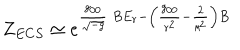
Z _ { E C S } \simeq e ^ { \frac { g _ { 0 0 } } { \sqrt { - g } } \ B E _ { r } - \left( \frac { g _ { 0 0 } } { r ^ { 2 } } - \frac { 2 } { \ell ^ { 2 } } \right) B }